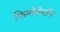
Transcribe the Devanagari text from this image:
फिनोमेनॉन